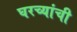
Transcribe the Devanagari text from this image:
घरच्यांची